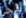
شخص